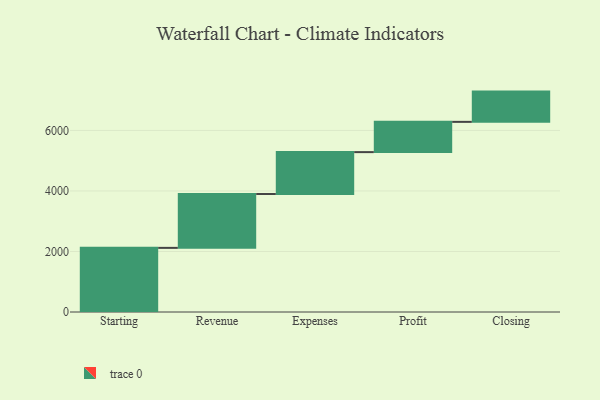
{"axis": {"x": "Step", "y": "Value"}, "legend": [""], "data": [{"x": "Starting", "y": 2119.0, "type": ""}, {"x": "Revenue", "y": 1780.0, "type": ""}, {"x": "Expenses", "y": 1384.0, "type": ""}, {"x": "Profit", "y": 1000, "type": ""}, {"x": "Closing", "y": 1000, "type": ""}]}